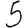
Digit: 5